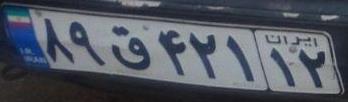
۸۹ق۴۲۱۱۲